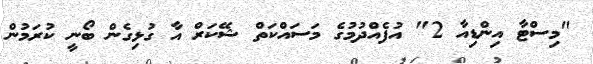
"މިސްޓާ އިންޑިއާ 2" އުފެއްދުމުގެ މަސައްކަތް ޝޭކަރް އާ ގުޅިގެން ބޯނީ ކުރަމުން